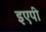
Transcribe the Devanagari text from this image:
इएपी